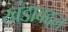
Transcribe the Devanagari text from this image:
खंडाबद्दल